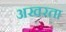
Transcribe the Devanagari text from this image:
अखरता